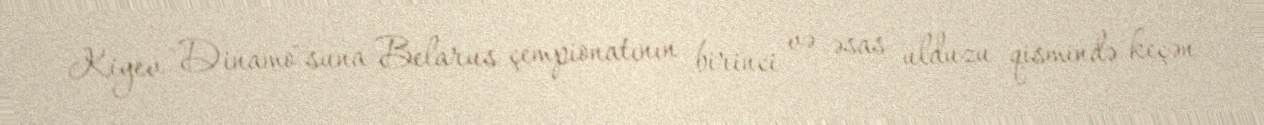
Kiyev "Dinamo"suna Belarus çempionatının birinci və əsas ulduzu qismində keçən